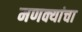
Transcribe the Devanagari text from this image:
मणक्यांचा